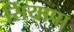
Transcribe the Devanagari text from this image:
सियापा